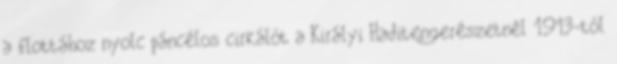
a flottához nyolc páncélos cirkálót a Királyi Haditengerészetnél 1913-tól